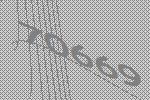
70669